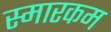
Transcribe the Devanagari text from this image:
स्मारकम